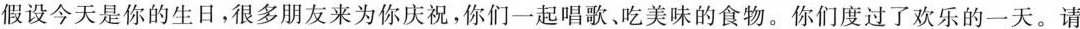
假设今天是你的生日，很多朋友来为你庆祝，你们一起唱歌、吃美味的食物。你们度过了欢乐的一天。请